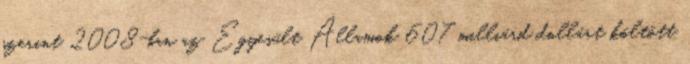
szerint 2008-ban az Egyesült Államok 607 milliárd dollárt költött